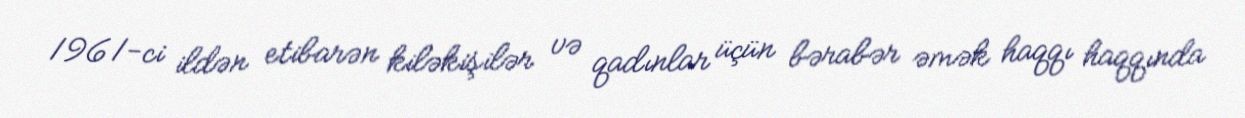
1961-ci ildən etibarən kiləkişilər və qadınlar üçün bərabər əmək haqqı haqqında